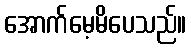
အောက်မေ့မိပေသည်။